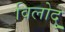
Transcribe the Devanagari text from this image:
विलोदु